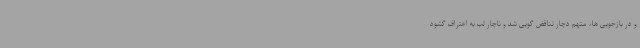
و در بازجویی ها، متهم دچار تناقض گویی شد و ناچار لب به اعتراف گشود